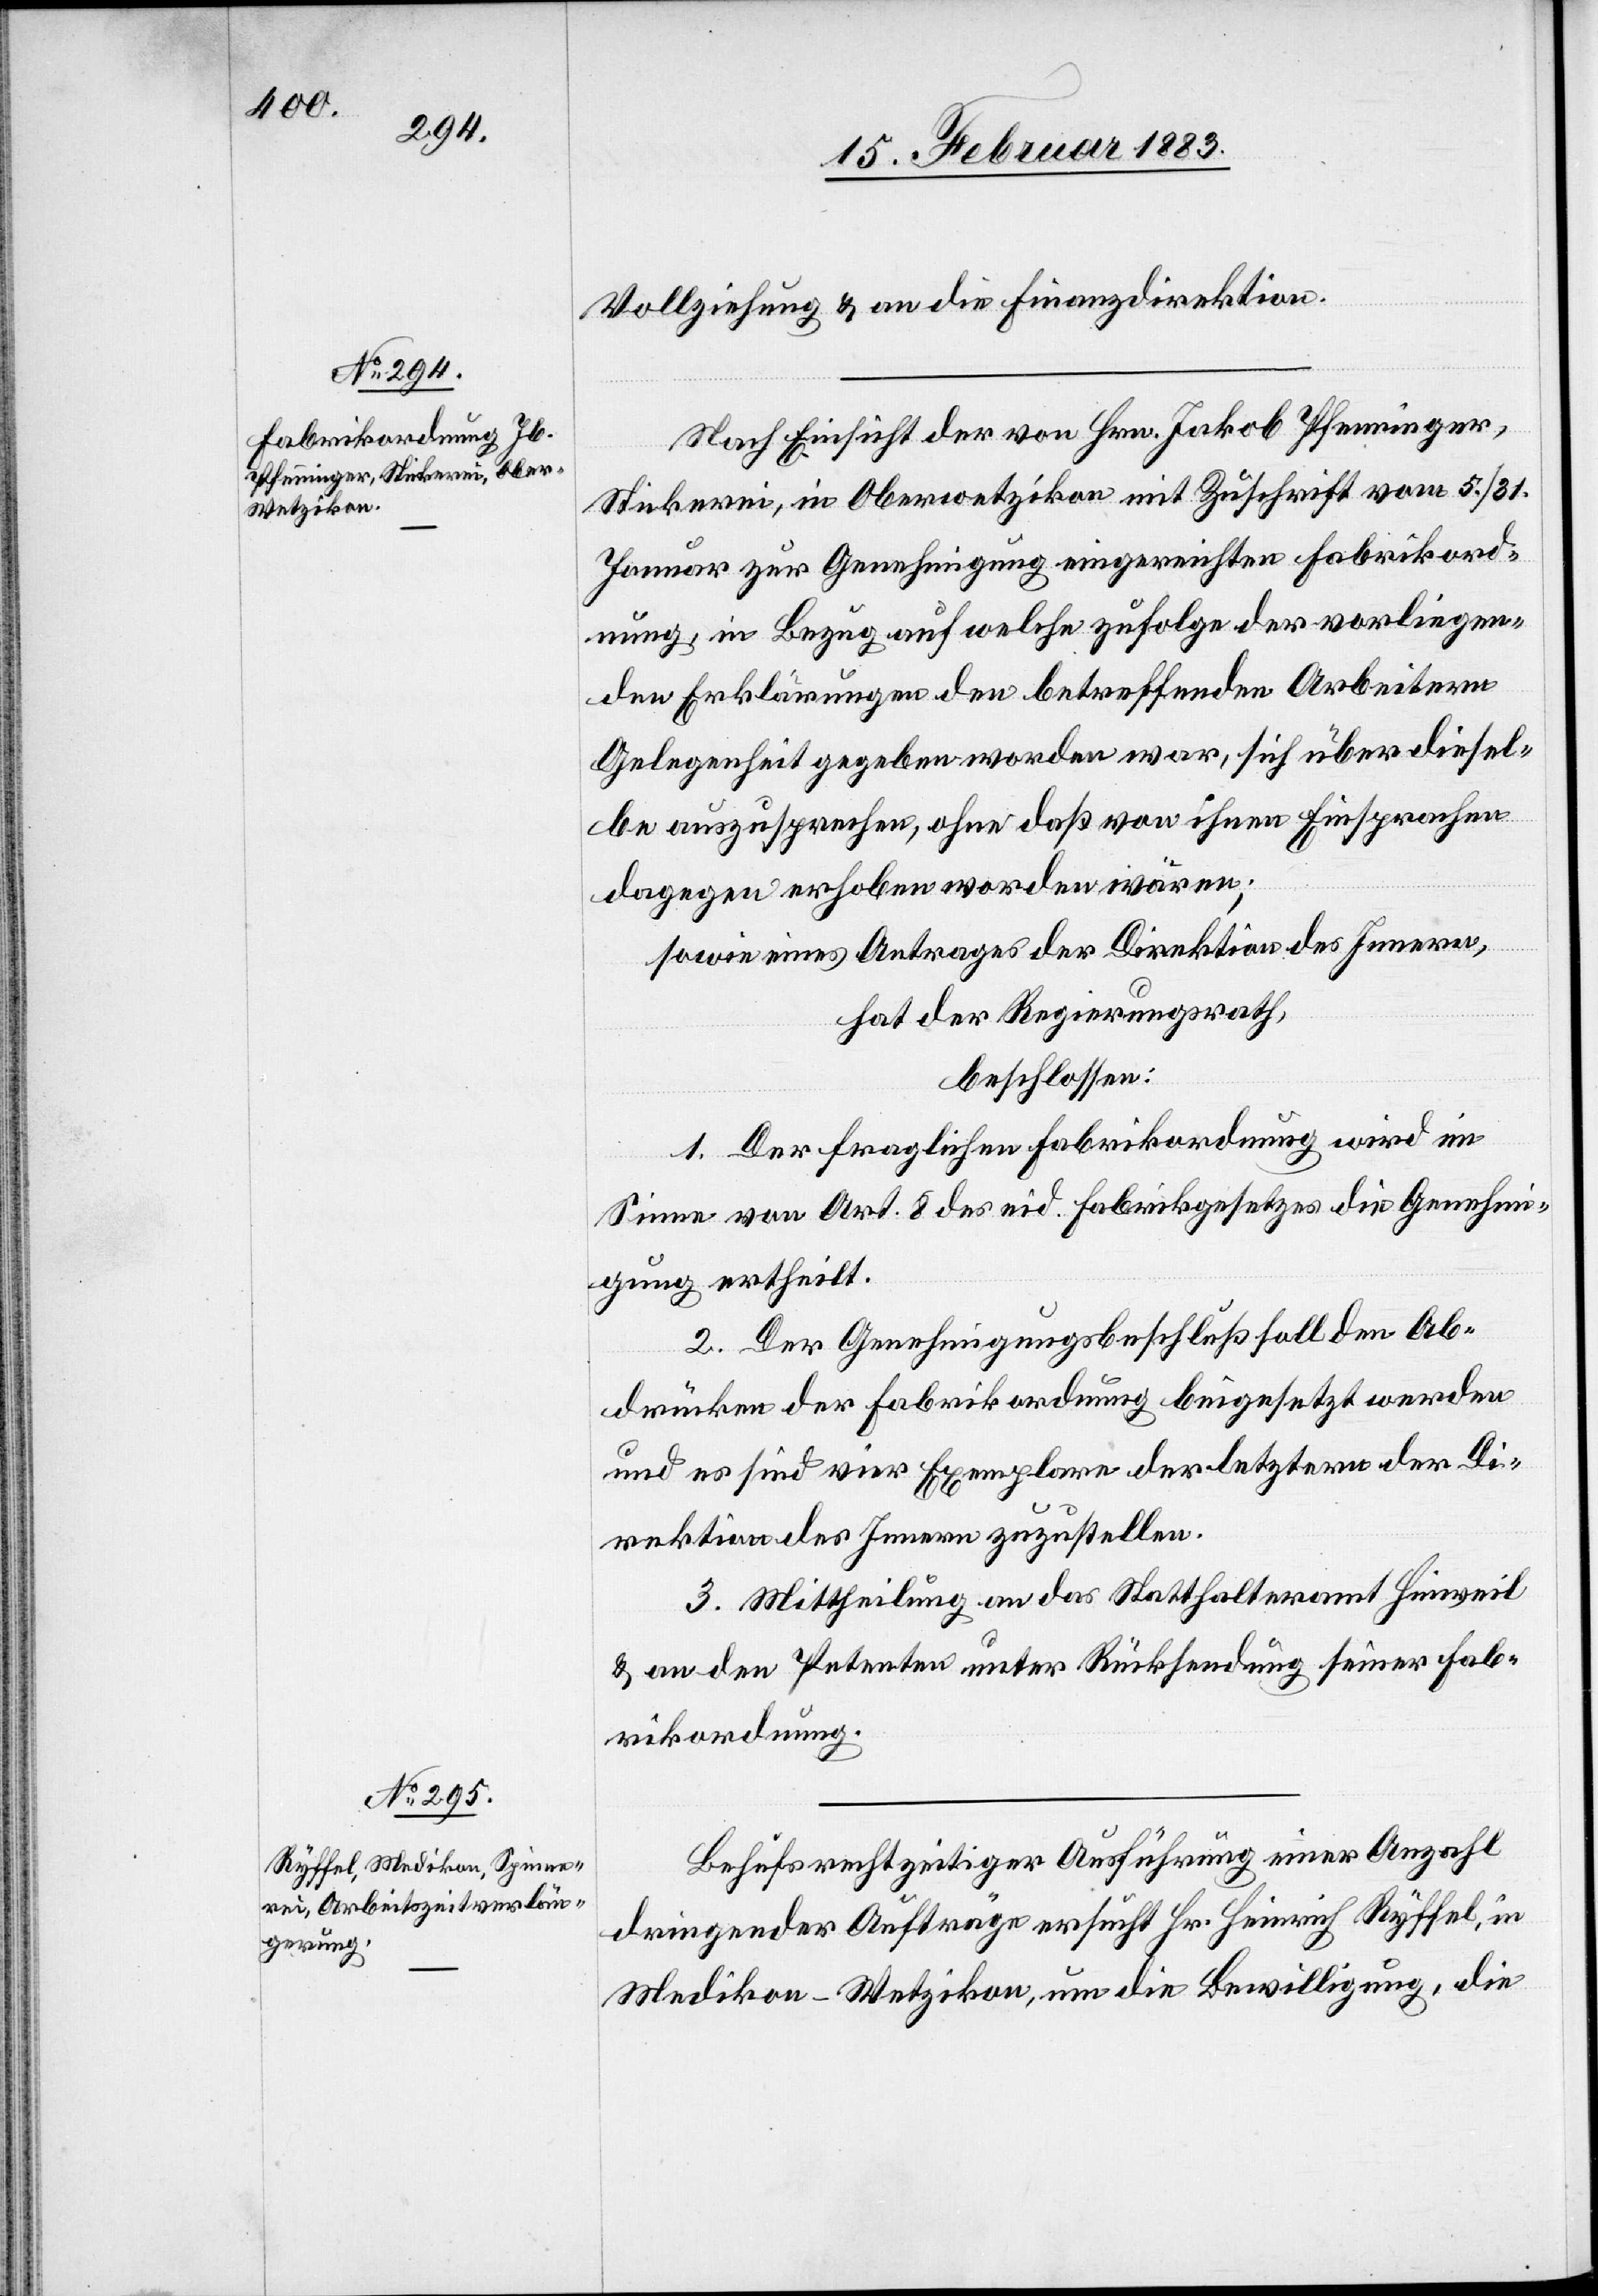
Vollziehung & an die Finanzdirektion.
Nach Einsicht der von Hrn. Jakob Pfenninger,
Stickerei, in Oberwetzikon mit Zuschrift vom 5./31.
Januar zur Genehmigung eingereichten Fabrikord¬
nung, in Bezug auf welche zufolge der vorliegen¬
den Erklärungen den betreffenden Arbeitern
Gelegenheit gegeben worden war, sich über diesel¬
be auszusprechen, ohne daß von ihnen Einsprachen
dagegen erhoben worden wären;
sowie eines Antrages der Direktion des Innern,
hat der Regierungsrath,
beschlossen:
1. Der fraglichen Fabrikordnung wird im
Sinne von Art. 8 des eid. Fabrikgesetzes die Genehmi¬
gung ertheilt.
2. Der Genehmigungsbeschluß soll den Ab¬
drücken der Fabrikordnung beigesetzt werden
und es sind vier Exemplare der letztern der Di¬
rektion des Innern zuzustellen.
3. Mittheilung an das Statthalteramt Hinweil
& an den Petenten unter Rücksendung seiner Fab¬
rikordnung.
Behufs rechtzeitiger Ausführung einer Anzahl
dringender Aufträge ersucht Hr. Heinrich Ryffel, in
Medikon - Wetzikon, um die Bewilligung, die